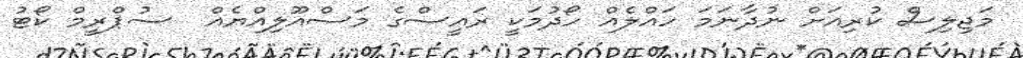
މަޖިލިސް ކުރިއަށް ނުދާނަމަ ހައްލެއް ހޯދުމަކީ ރައީސްގެ މަސްއޫލިއްޔެއް  ސުޕްރީމް ކޯޓު